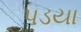
પડયા